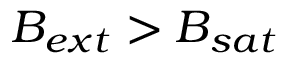
\boldsymbol { B _ { e x t } } > B _ { s a t }